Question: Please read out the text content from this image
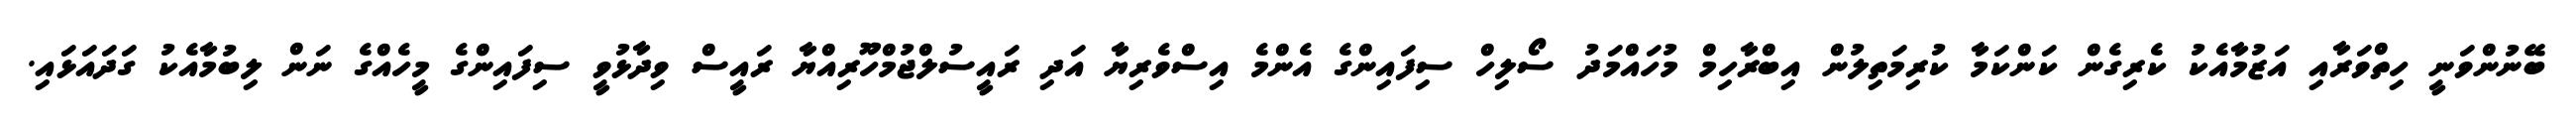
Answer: ބޭނުންވަނީ ހިތްވަރާއި އަޒުމާއެކު ކެރިގެން ކަންކަމާ ކުރިމަތިލުން އިބްރާހިމް މުހައްމަދު ސޯލިހް ސިފައިންގެ އެންމެ އިސްވެރިޔާ އަދި ރައީސުލްޖުމްހޫރިއްޔާ ރައީސް ވިދާޅުވީ ސިފައިންގެ މީހެއްގެ ނަން ލިބުމާއެކު ގަދައަޅައި.